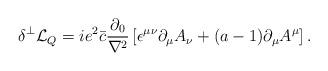
LaTeX: \begin{align*}\delta^\perp {\cal L}_Q = i e^2 \bar{c} \frac{\partial_0}{\nabla^2} \left[ \epsilon^{\mu \nu} \partial_\mu A_\nu +(a-1) \partial_\mu A^\mu \right].\end{align*}